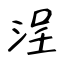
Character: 浧